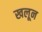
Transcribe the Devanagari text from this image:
खलून